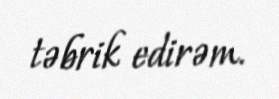
təbrik edirəm.